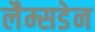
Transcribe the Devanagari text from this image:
लैम्सडेन